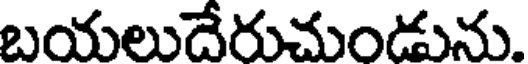
బయలుదేరుచుండును.